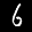
Label: 6